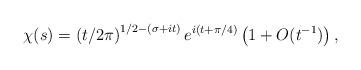
LaTeX: \begin{align*}\chi(s) = \left( {t}/{2\pi}\right )^{{1}/{2}-(\sigma+it)} e^{i(t+{\pi}/{4})} \left(1+O(t^{-1})\right),\end{align*}